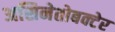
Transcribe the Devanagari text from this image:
असिनेतोबक्टेर